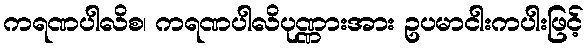
ကရဏပါလိစ၊ ကရဏပါလိပုဏ္ဏားအား ဥပမာငါးကပါးဖြင့်